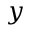
y